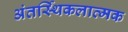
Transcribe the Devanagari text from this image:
अंतर्स्थिकलात्मक